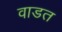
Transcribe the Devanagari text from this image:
वाडत